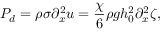
P _ { d } = \rho \sigma \partial _ { x } ^ { 2 } u = \frac { \chi } { 6 } \rho g h _ { 0 } ^ { 2 } \partial _ { x } ^ { 2 } \zeta ,